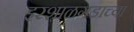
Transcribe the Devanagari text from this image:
इरशाळगडाच्या